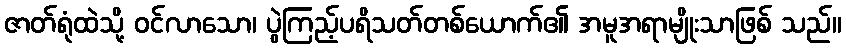
ဇာတ်ရုံထဲသို့ ဝင်လာသော၊ ပွဲကြည့်ပရိသတ်တစ်ယောက်၏ အမူအရာမျိုးသာဖြစ် သည်။